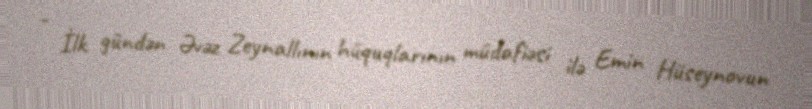
- İlk gündən Əvəz Zeynallının hüquqlarının müdafiəsi ilə Emin Hüseynovun